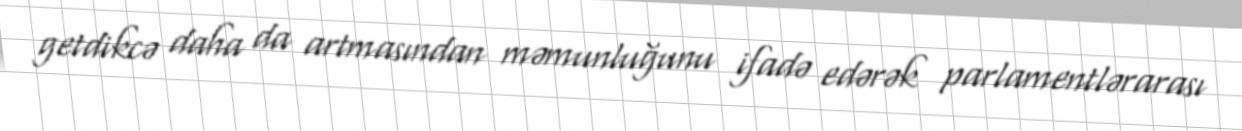
getdikcə daha da artmasından məmunluğunu ifadə edərək parlamentlərarası